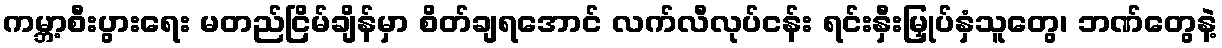
ကမ္ဘာ့စီးပွားရေး မတည်ငြိမ်ချိန်မှာ စိတ်ချရအောင် လက်လီလုပ်ငန်း ရင်းနှီးမြှုပ်နှံသူတွေ၊ ဘဏ်တွေနဲ့